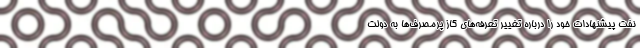
نفت پیشنهادات خود را درباره تغییر تعرفه‌های گاز پرمصرف‌ها به دولت